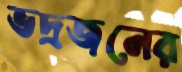
ভদ্রজনের